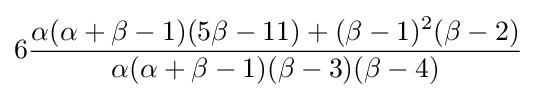
6{\frac {\alpha (\alpha +\beta -1)(5\beta -11)+(\beta -1)^{2}(\beta -2)}{\alpha (\alpha +\beta -1)(\beta -3)(\beta -4)}}